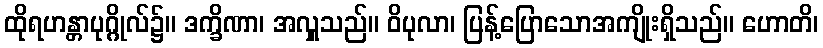
ထိုရဟန္တာပုဂ္ဂိုလ်၌။ ဒက္ခိဏာ၊ အလှူသည်။ ဝိပုလာ၊ ပြန့်ပြောသောအကျိုးရှိသည်။ ဟောတိ၊